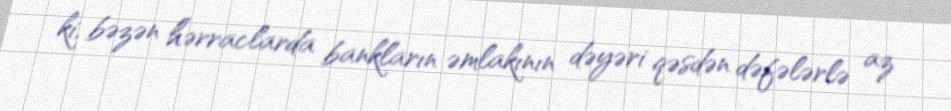
ki, bəzən hərraclarda bankların əmlakının dəyəri qəsdən dəfələrlə az